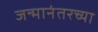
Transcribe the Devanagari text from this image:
जन्मानंतरच्या